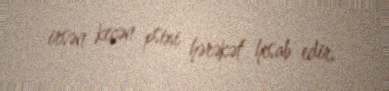
irsən keçən psixi hərəkət hesab edir.